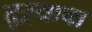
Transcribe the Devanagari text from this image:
तुऱ्याचा